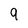
Character: 9